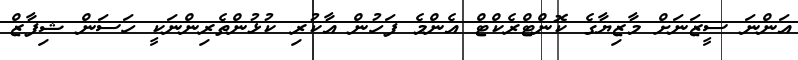
އަންނަ ސީޒަނަށް މާޒިޔާގެ ކޮންޓްރެކްޓް އެންމެ ފަހުން އާކުރި ކުޅުންތެރިންނަކީ ހަސަން ޝިފާޒް